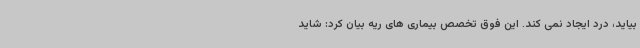
بیاید، درد ایجاد نمی کند. این فوق تخصص بیماری های ریه بیان کرد: شاید